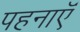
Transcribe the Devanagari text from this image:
पहनाऍं